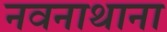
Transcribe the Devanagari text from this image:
नवनाथाना